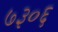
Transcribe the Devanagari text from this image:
७३०६